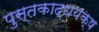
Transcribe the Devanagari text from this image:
पुस्तकाद्धयक्ष